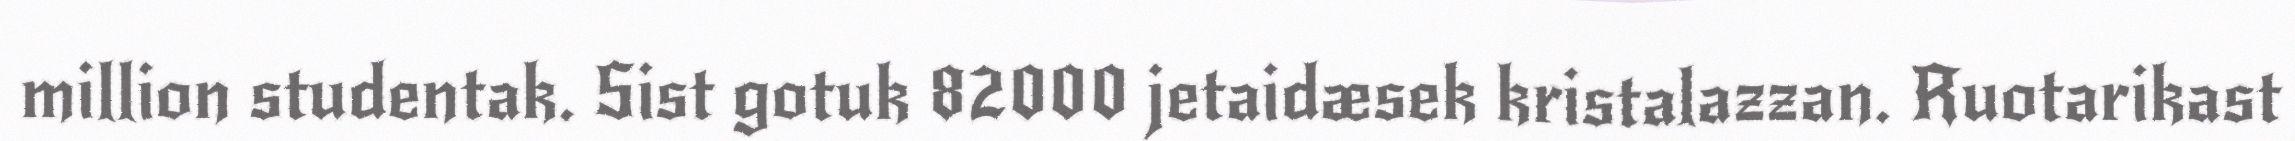
million studentak. Sist gotuk 82000 jetaidæsek kristalazzan. Ruotarikast